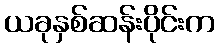
ယခုနှစ်ဆန်းပိုင်းက